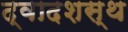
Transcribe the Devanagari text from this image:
द्वादशस्थ